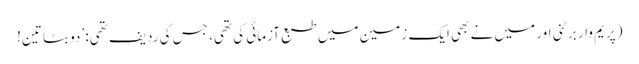
(پریم وار برٹنی اور میں نے بھی ایک زمین میں طبع آزمائی کی تھی، جس کی ردیف تھی: ’دو بٹا تین!